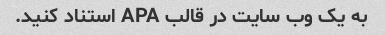
به یک وب سایت در قالب APA استناد کنید.